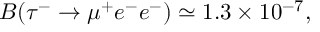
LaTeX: B ( \tau ^ { - } \to \mu ^ { + } e ^ { - } e ^ { - } ) \simeq 1 . 3 \times 1 0 ^ { - 7 } ,